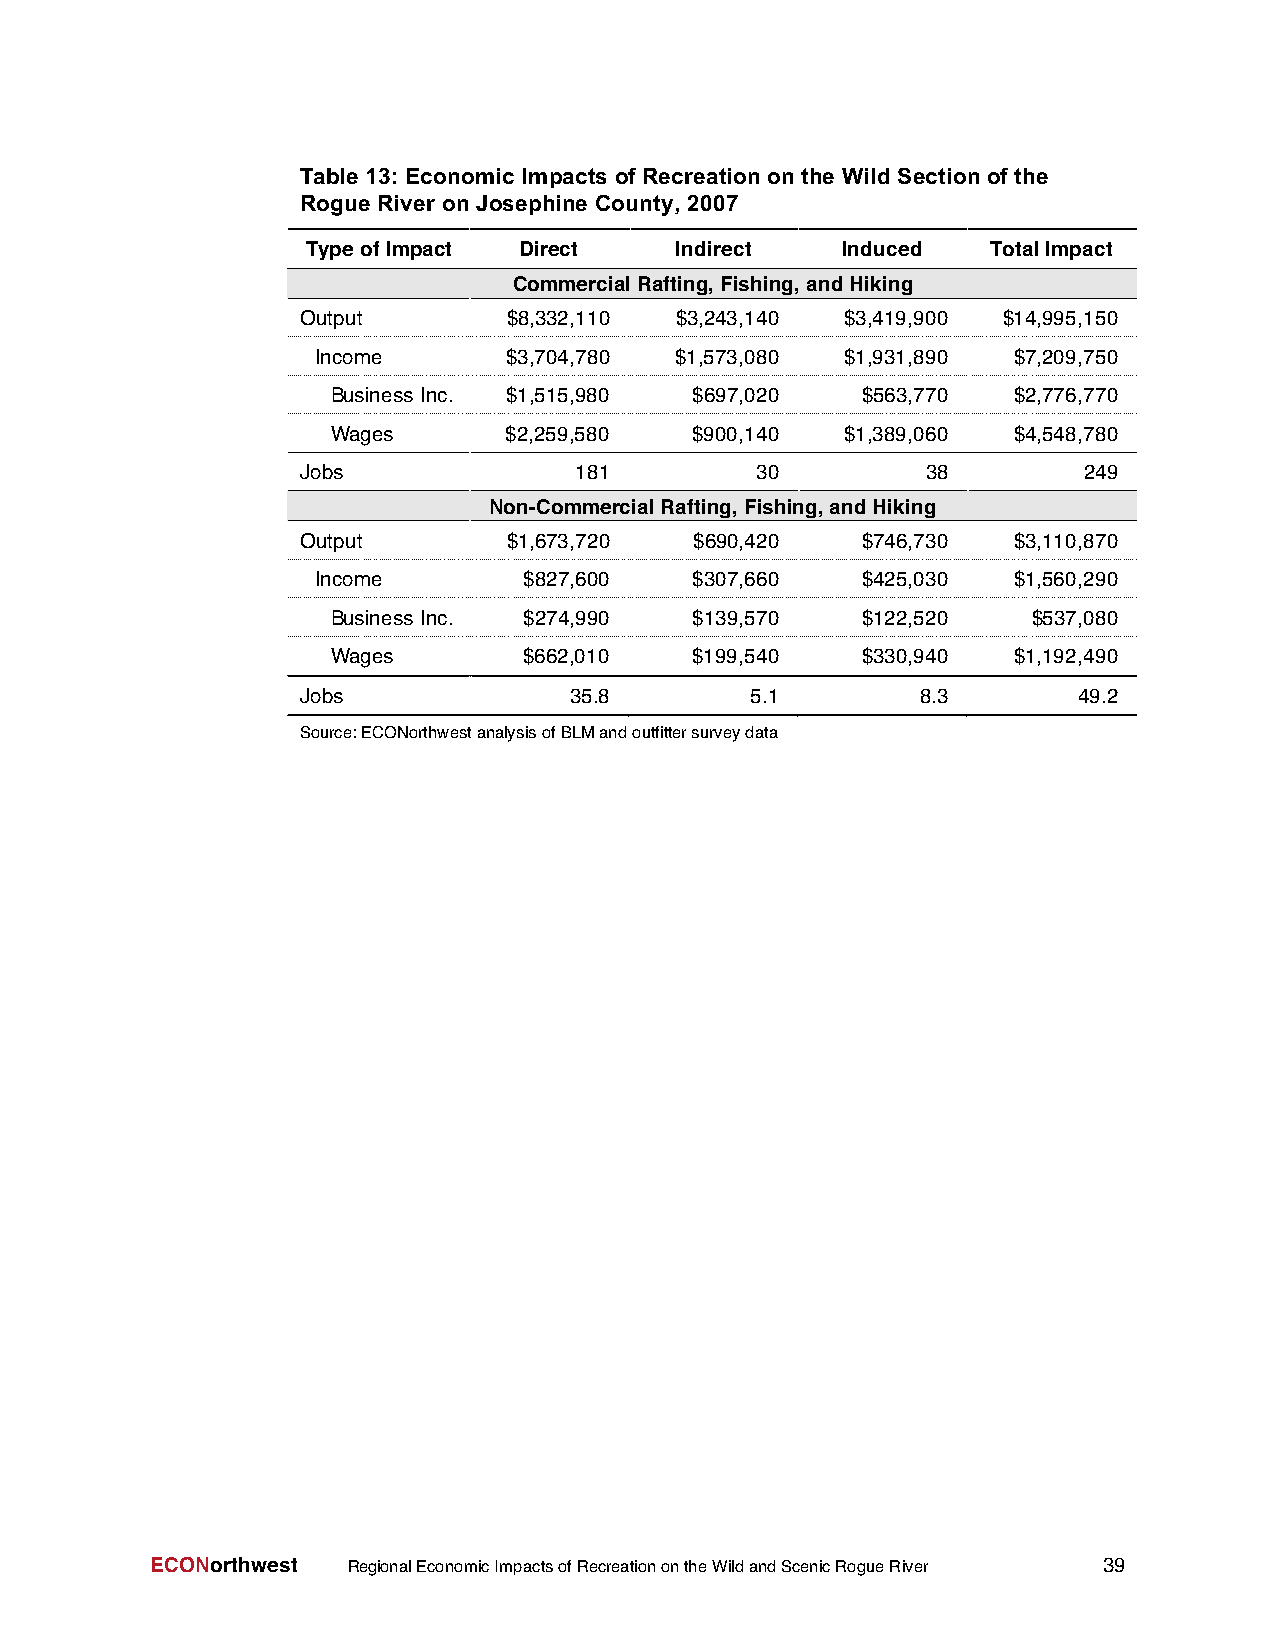
Table 13: Economic Impacts of Recreation on the Wild Section of the
 Rogue River on Josephine County, 2007
 TypeofImpact  Direct     Indirect   Induced   TotalImpact
 CommercialRafting, Fishing,andHiking
 Output        $8,332,110 $3,243,140 $3,419,900 $14,995,150
 Income       $3,704,780 $1,573,080 $1,931,890 $7,209,750
 Business Inc. $1,515,980 $697,020  $563,770  $2,776,770
 Wages       $2,259,580  $900,140  $1,389,060 $4,548,780
 Jobs              181         30         38         249
 Non-CommercialRafting,Fishing,andHiking
 Output        $1,673,720  $690,420   $746,730  $3,110,870
 Income        $827,600   $307,660   $425,030  $1,560,290
 Business Inc. $274,990  $139,570   $122,520   $537,080
 Wages        $662,010   $199,540   $330,940  $1,192,490
 Jobs              35.8        5.1        8.3       49.2
 Source:ECONorthwestanalysisofBLMandoutfittersurveydata
 ECONorthwest RegionalEconomicImpactsofRecreationontheWildandScenicRogueRiver 39